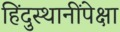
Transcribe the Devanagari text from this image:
हिंदुस्थानींपेक्षा